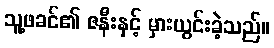
သူ့ဖခင်၏ ဇနီးနှင့် မှားယွင်းခဲ့သည်။